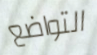
التواضع